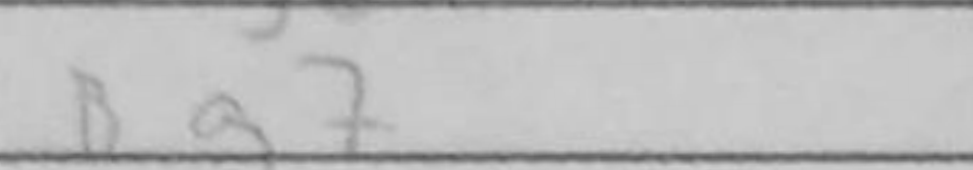
Transcription: Bg7